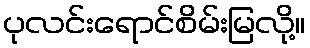
ပုလင်းရောင်စိမ်းမြလို့။